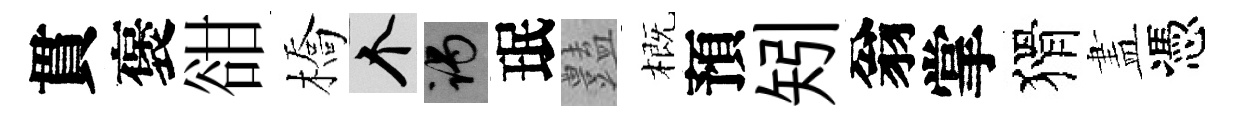
貫褒𧮳橋个谒珉𧰟概預矧翁掌猾𥁞憑